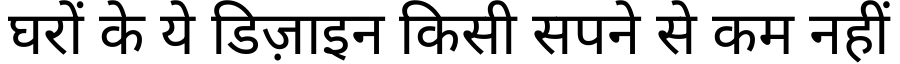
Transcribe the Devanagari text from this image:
घरों के ये डिज़ाइन किसी सपने से कम नहीं